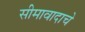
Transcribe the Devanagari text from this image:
सीमावादाचे